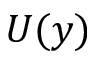
U ( y )